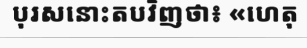
បុរសនោះតបវិញថា៖ «ហេតុ